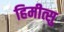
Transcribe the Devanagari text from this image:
हिमीत्सु